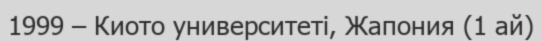
1999 – Киото университеті, Жапония (1 ай)